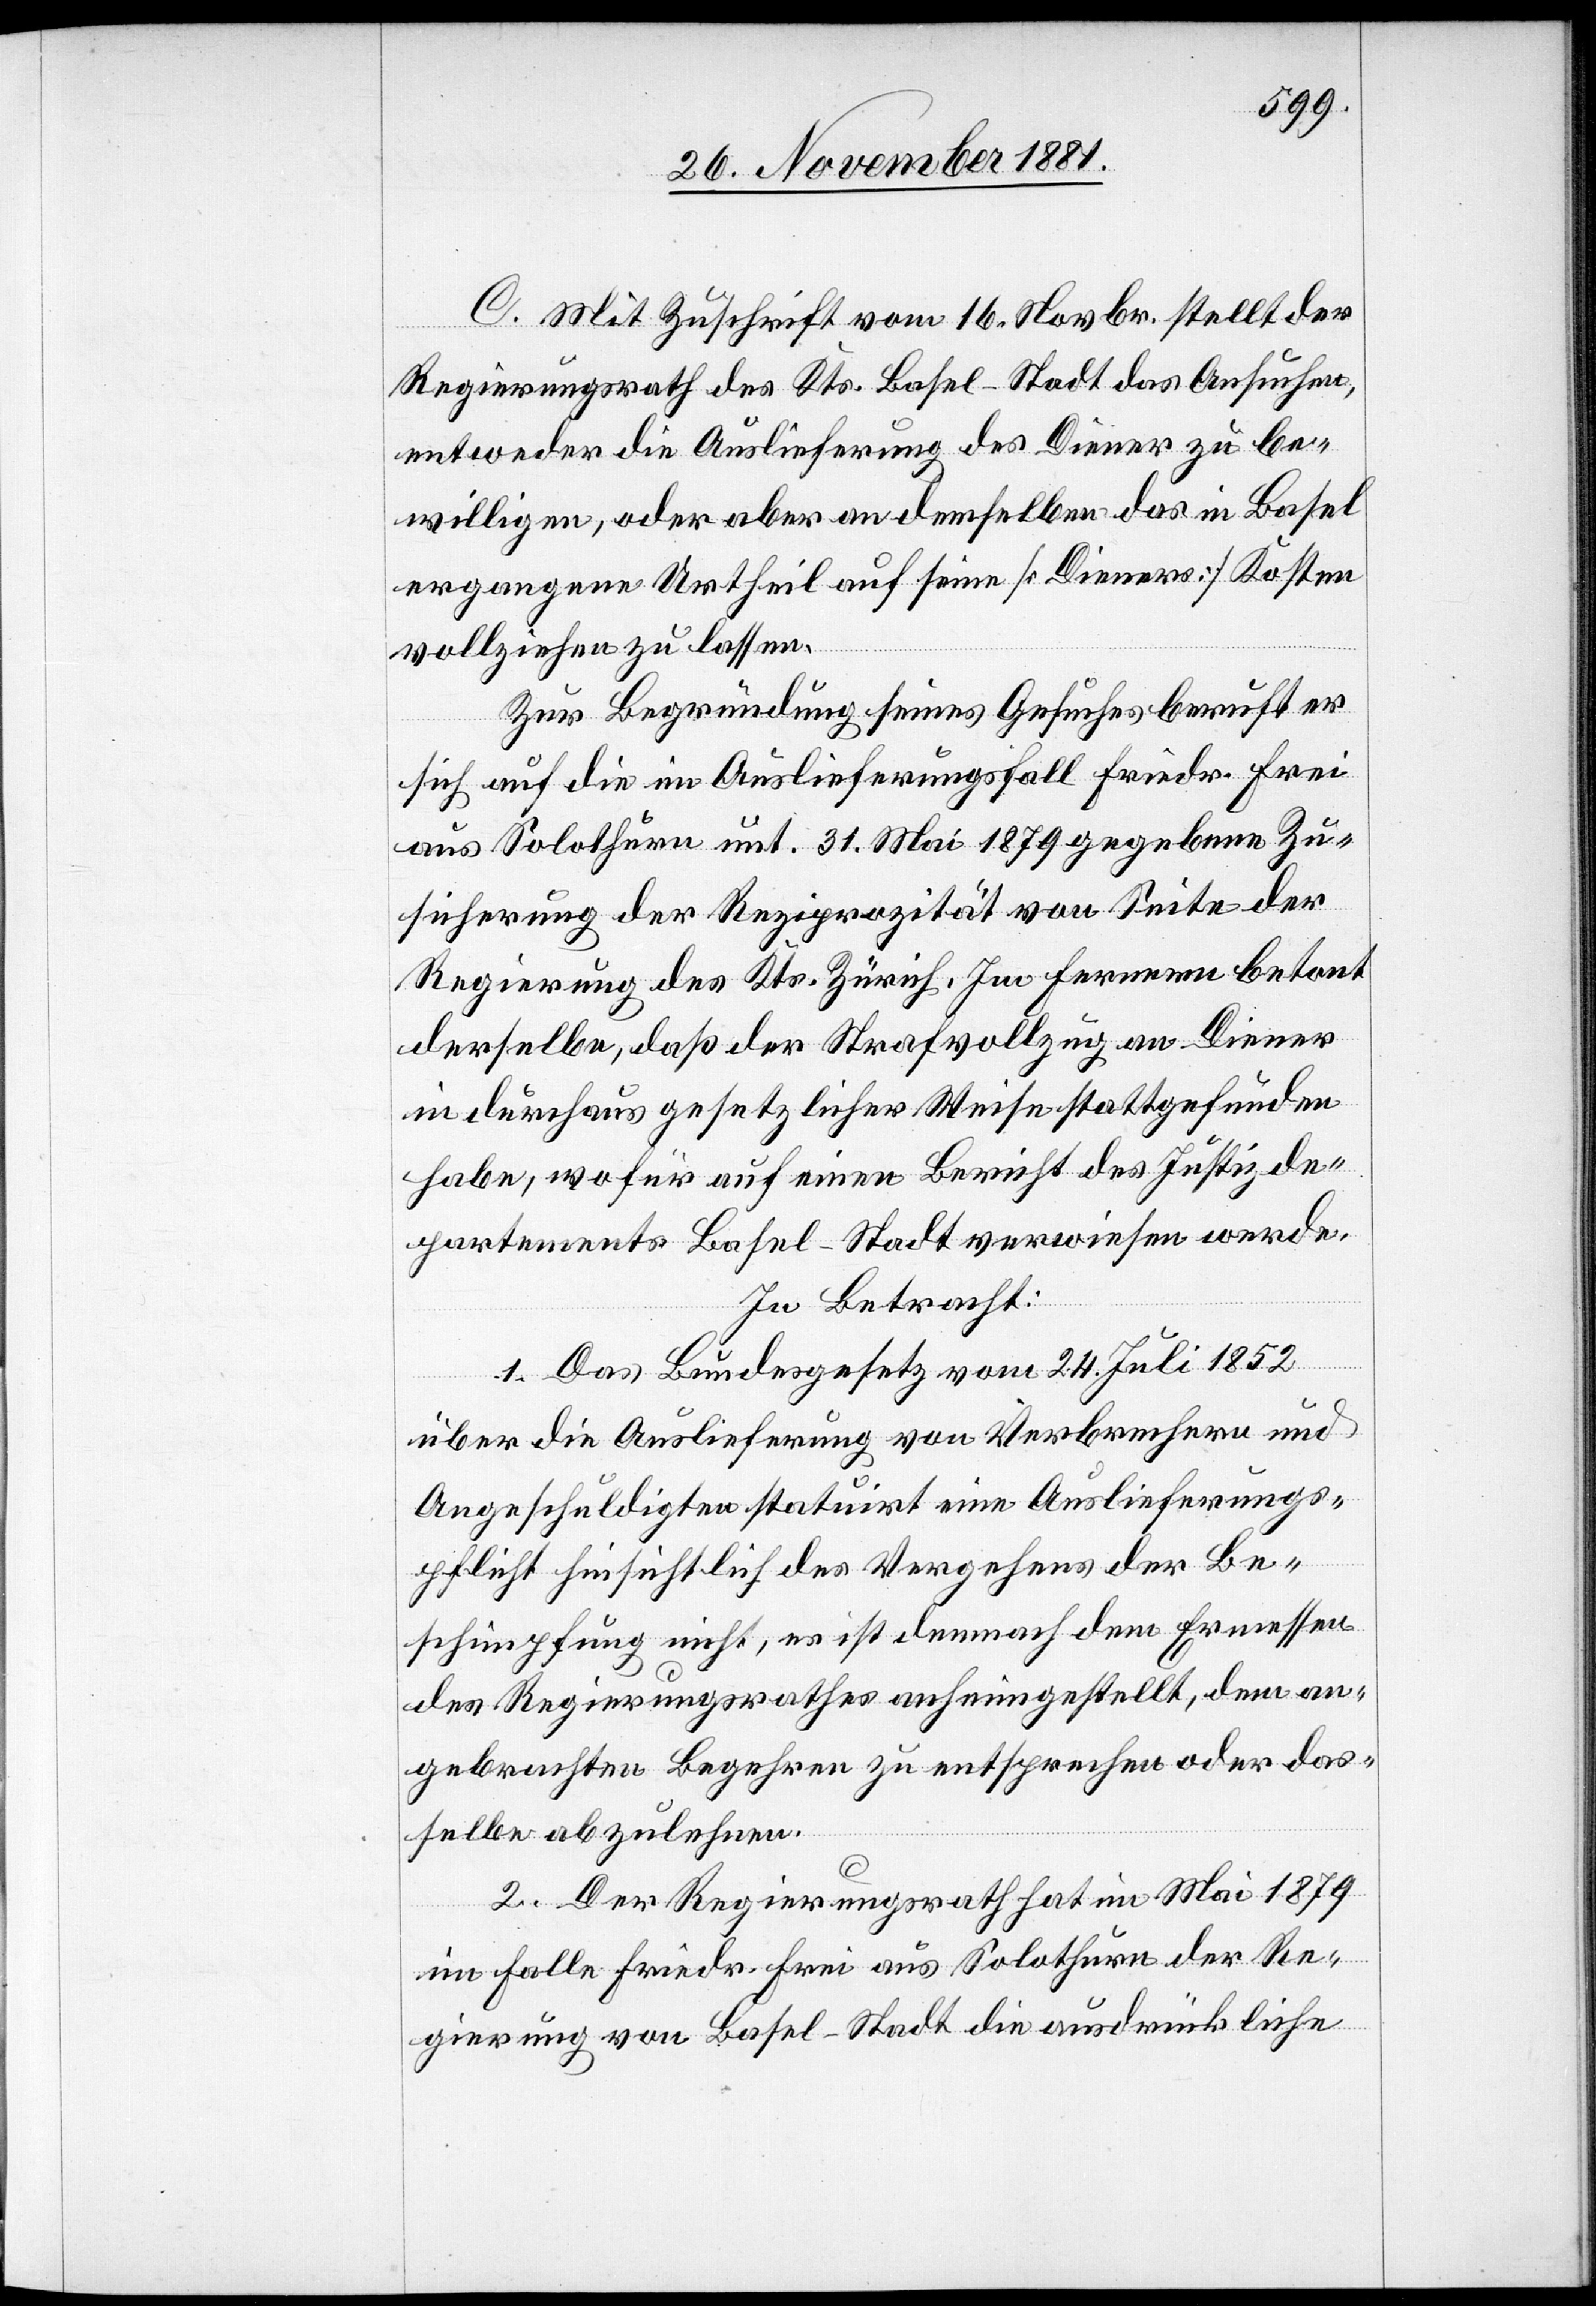
C. Mit Zuschrift vom 16. Novbr. stellt der
Regierungsrath des Kts. Basel-Stadt das Ansuchen,
entweder die Auslieferung des Diener zu be¬
willigen, oder aber an demselben das in Basel
ergangene Urtheil auf seine [Dieners] Kosten
vollziehen zu lassen.
Zur Begründung seines Gesuches beruft er
sich auf die im Auslieferungsfall Friedr. Frei
aus Solothurn unt. 31. Mai 1879 gegebenen Zu¬
sicherung der Reziprozität von Seite der
Regierung des Kts. Zürich. Im Fernern betont
derselbe, daß der Strafvollzug an Diener
in durchaus gesetzlicher Weise stattgefunden
habe, wofür auf einen Bericht des Justizde¬
partements Basel-Stadt verwiesen werde.
In Betracht:
1. Das Bundesgesetz vom 24. Juli 1852
über die Auslieferung von Verbrechern und
Angeschuldigten statuirt eine Auslieferungs¬
pflicht hinsichtlich des Vergehens der Be¬
schimpfung nicht, es ist demnach dem Ermessen
des Regierungsrathes anheimgestellt, dem an¬
gebrachten Begehren zu entsprechen oder das¬
selbe abzulehnen.
2. Der Regierungsrath hat im Mai 1879
im Falle Friedr. Frei aus Solothurn der Re¬
gierung von Basel-Stadt die ausdrückliche